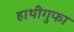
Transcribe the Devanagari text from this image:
हाथीगुफा